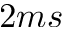
2 m s